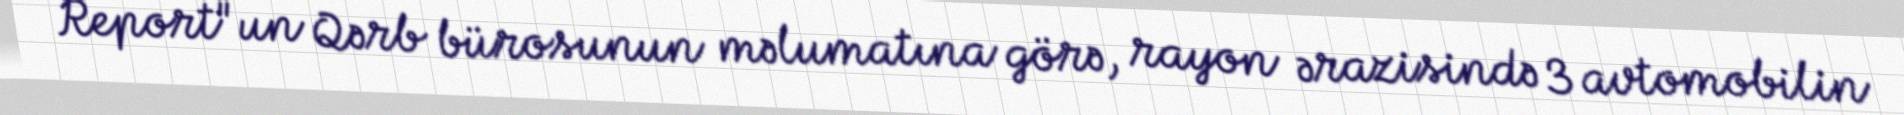
Report"un Qərb bürosunun məlumatına görə, rayon ərazisində 3 avtomobilin